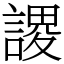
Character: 謖